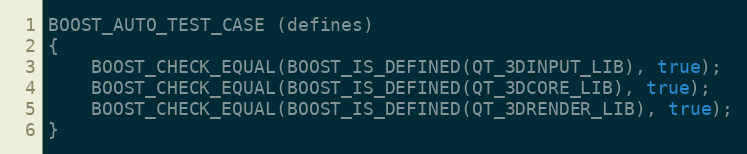
Language: C++
BOOST_AUTO_TEST_CASE (defines)
{
    BOOST_CHECK_EQUAL(BOOST_IS_DEFINED(QT_3DINPUT_LIB), true);
    BOOST_CHECK_EQUAL(BOOST_IS_DEFINED(QT_3DCORE_LIB), true);
    BOOST_CHECK_EQUAL(BOOST_IS_DEFINED(QT_3DRENDER_LIB), true);
}